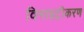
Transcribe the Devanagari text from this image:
विनाइट्रीकरण